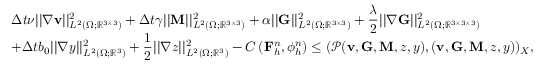
\begin{array} { r l } & { \displaystyle \Delta t \nu | | \nabla \mathbf { v } | | _ { L ^ { 2 } ( \Omega ; \mathbb { R } ^ { 3 \times 3 } ) } ^ { 2 } + \Delta t \gamma | | \mathbf { M } | | _ { L ^ { 2 } ( \Omega ; \mathbb { R } ^ { 3 \times 3 } ) } ^ { 2 } + \alpha | | \mathbf { G } | | _ { L ^ { 2 } ( \Omega ; \mathbb { R } ^ { 3 \times 3 } ) } ^ { 2 } + \frac { \lambda } { 2 } | | \nabla \mathbf { G } | | _ { L ^ { 2 } ( \Omega ; \mathbb { R } ^ { 3 \times 3 \times 3 } ) } ^ { 2 } } \\ & { \displaystyle + \Delta t b _ { 0 } | | \nabla y | | _ { L ^ { 2 } ( \Omega ; \mathbb { R } ^ { 3 } ) } ^ { 2 } + \frac { 1 } { 2 } | | \nabla z | | _ { L ^ { 2 } ( \Omega ; \mathbb { R } ^ { 3 } ) } ^ { 2 } - C \left( \mathbf { F } _ { h } ^ { n } , \phi _ { h } ^ { n } \right) \leq ( \mathcal { P } ( \mathbf { v } , \mathbf { G } , \mathbf { M } , z , y ) , ( \mathbf { v } , \mathbf { G } , \mathbf { M } , z , y ) ) _ { X } , } \end{array}